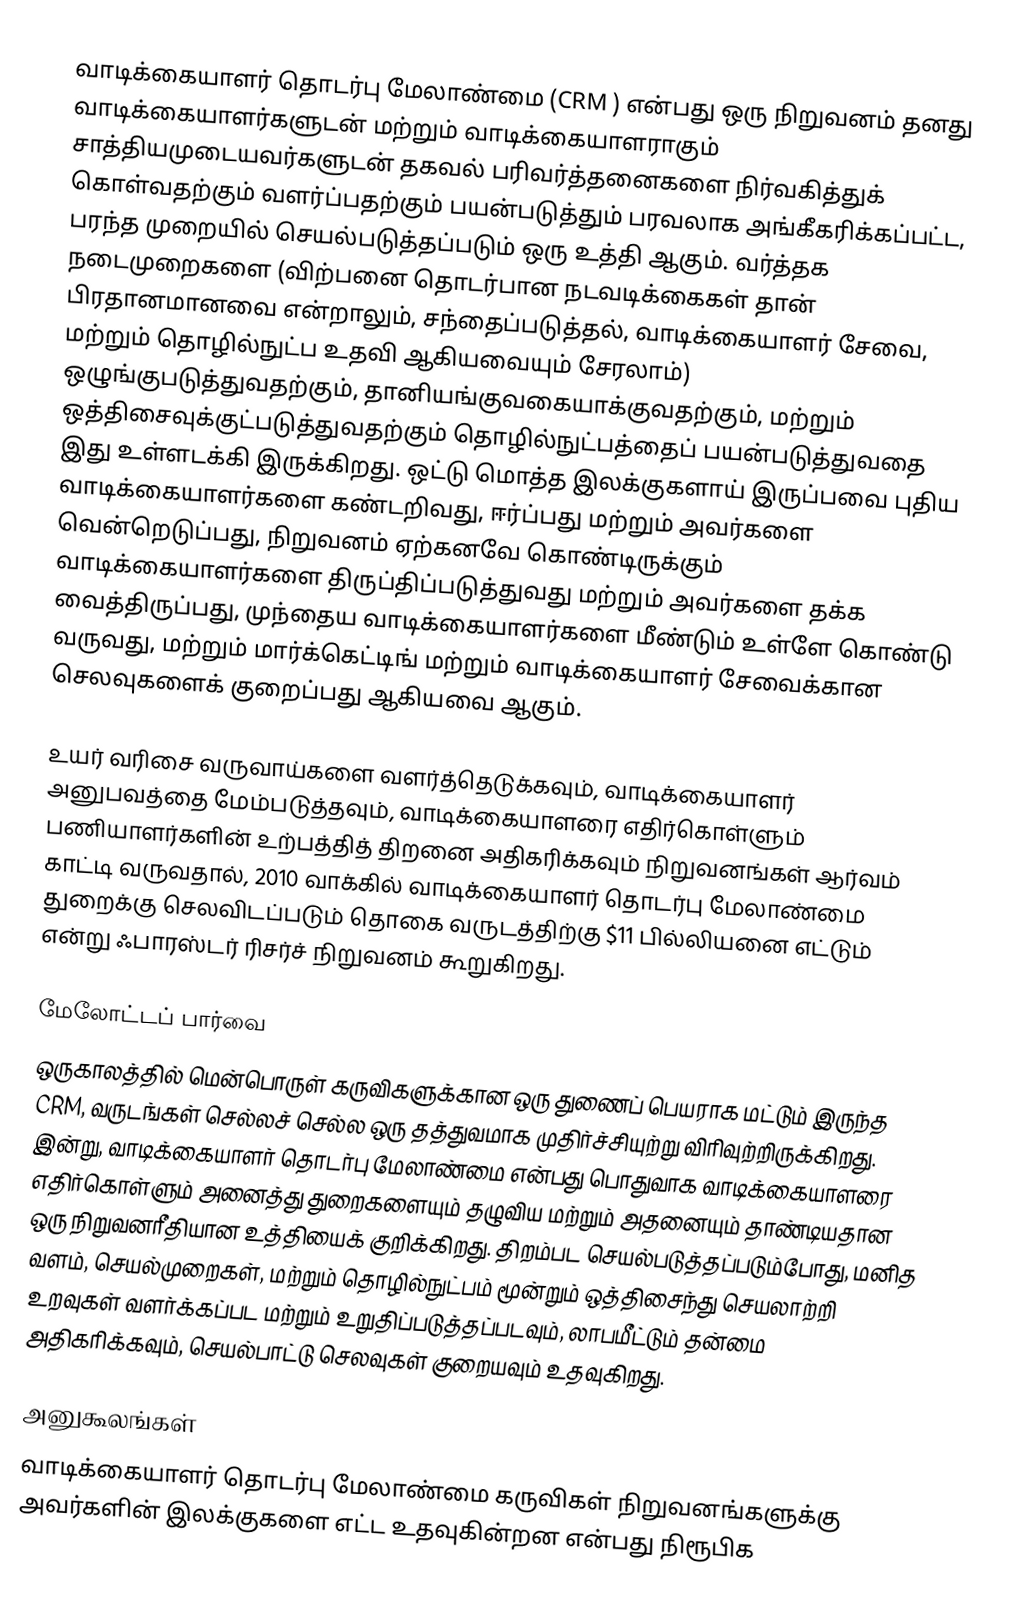
வாடிக்கையாளர் தொடர்பு மேலாண்மை (CRM ) என்பது ஒரு நிறுவனம் தனது வாடிக்கையாளர்களுடன் மற்றும் வாடிக்கையாளராகும் சாத்தியமுடையவர்களுடன் தகவல் பரிவர்த்தனைகளை நிர்வகித்துக் கொள்வதற்கும் வளர்ப்பதற்கும் பயன்படுத்தும் பரவலாக அங்கீகரிக்கப்பட்ட, பரந்த முறையில் செயல்படுத்தப்படும் ஒரு உத்தி ஆகும். வர்த்தக நடைமுறைகளை (விற்பனை தொடர்பான நடவடிக்கைகள் தான் பிரதானமானவை என்றாலும், சந்தைப்படுத்தல், வாடிக்கையாளர் சேவை, மற்றும் தொழில்நுட்ப உதவி ஆகியவையும் சேரலாம்) ஒழுங்குபடுத்துவதற்கும், தானியங்குவகையாக்குவதற்கும், மற்றும் ஒத்திசைவுக்குட்படுத்துவதற்கும் தொழில்நுட்பத்தைப் பயன்படுத்துவதை இது உள்ளடக்கி இருக்கிறது. ஒட்டு மொத்த இலக்குகளாய் இருப்பவை புதிய வாடிக்கையாளர்களை கண்டறிவது, ஈர்ப்பது மற்றும் அவர்களை வென்றெடுப்பது, நிறுவனம் ஏற்கனவே கொண்டிருக்கும் வாடிக்கையாளர்களை திருப்திப்படுத்துவது மற்றும் அவர்களை தக்க வைத்திருப்பது, முந்தைய வாடிக்கையாளர்களை மீண்டும் உள்ளே கொண்டு வருவது, மற்றும் மார்க்கெட்டிங் மற்றும் வாடிக்கையாளர் சேவைக்கான செலவுகளைக் குறைப்பது ஆகியவை ஆகும்.

உயர் வரிசை வருவாய்களை வளர்த்தெடுக்கவும், வாடிக்கையாளர் அனுபவத்தை மேம்படுத்தவும், வாடிக்கையாளரை எதிர்கொள்ளும் பணியாளர்களின் உற்பத்தித் திறனை அதிகரிக்கவும் நிறுவனங்கள் ஆர்வம் காட்டி வருவதால், 2010 வாக்கில் வாடிக்கையாளர் தொடர்பு மேலாண்மை துறைக்கு செலவிடப்படும் தொகை வருடத்திற்கு $11 பில்லியனை எட்டும் என்று ஃபாரஸ்டர் ரிசர்ச் நிறுவனம் கூறுகிறது.

மேலோட்டப் பார்வை
ஒருகாலத்தில் மென்பொருள் கருவிகளுக்கான ஒரு துணைப் பெயராக மட்டும் இருந்த CRM, வருடங்கள் செல்லச் செல்ல ஒரு தத்துவமாக முதிர்ச்சியுற்று விரிவுற்றிருக்கிறது. இன்று, வாடிக்கையாளர் தொடர்பு மேலாண்மை என்பது பொதுவாக வாடிக்கையாளரை எதிர்கொள்ளும் அனைத்து துறைகளையும் தழுவிய மற்றும் அதனையும் தாண்டியதான ஒரு நிறுவனரீதியான உத்தியைக் குறிக்கிறது. திறம்பட செயல்படுத்தப்படும்போது, மனித வளம், செயல்முறைகள், மற்றும் தொழில்நுட்பம் மூன்றும் ஒத்திசைந்து செயலாற்றி உறவுகள் வளர்க்கப்பட மற்றும் உறுதிப்படுத்தப்படவும், லாபமீட்டும் தன்மை அதிகரிக்கவும், செயல்பாட்டு செலவுகள் குறையவும் உதவுகிறது.

அனுகூலங்கள்
வாடிக்கையாளர் தொடர்பு மேலாண்மை கருவிகள் நிறுவனங்களுக்கு அவர்களின் இலக்குகளை எட்ட உதவுகின்றன என்பது நிரூபிக